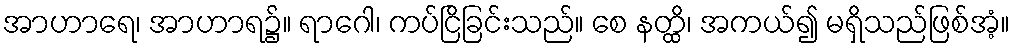
အာဟာရေ၊ အာဟာရ၌။ ရာဂေါ၊ ကပ်ငြိခြင်းသည်။ စေ နတ္ထိ၊ အကယ်၍ မရှိသည်ဖြစ်အံ့။